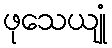
ဖုသေယျုံ